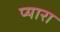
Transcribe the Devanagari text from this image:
प्‍यारा